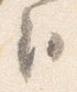
臣